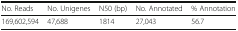
<table><thead><tr><td><b>No. Reads</b></td><td><b>No. Unigenes</b></td><td><b>N50 (bp)</b></td><td><b>No. Annotated</b></td><td><b>% Annotation</b></td></tr></thead><tbody><tr><td>169,602,594</td><td>47,688</td><td>1814</td><td>27,043</td><td>56.7</td></tr></tbody></table>